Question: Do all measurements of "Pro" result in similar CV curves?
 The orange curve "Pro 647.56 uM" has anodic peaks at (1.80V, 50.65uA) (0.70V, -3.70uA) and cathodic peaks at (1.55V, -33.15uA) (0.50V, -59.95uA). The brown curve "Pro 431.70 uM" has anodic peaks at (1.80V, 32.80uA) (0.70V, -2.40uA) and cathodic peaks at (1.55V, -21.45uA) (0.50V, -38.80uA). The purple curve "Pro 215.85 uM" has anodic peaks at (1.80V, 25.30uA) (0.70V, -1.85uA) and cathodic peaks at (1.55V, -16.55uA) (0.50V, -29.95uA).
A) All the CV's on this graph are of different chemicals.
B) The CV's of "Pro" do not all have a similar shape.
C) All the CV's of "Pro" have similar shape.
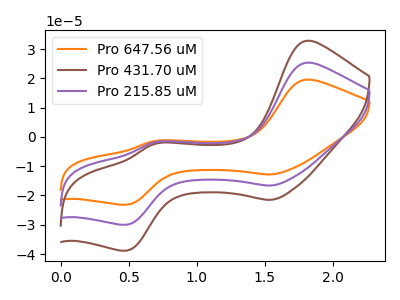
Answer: <think>All the peaks in "Pro 647.56 uM" have a peak in "Pro 431.70 uM" at the same potential. All the peaks in "Pro 647.56 uM" have a peak in "Pro 215.85 uM" at the same potential. All the peaks in "Pro 431.70 uM" have a peak in "Pro 215.85 uM" at the same potential.
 </think>
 <answer>C) All the CV's of "Pro" have similar shape.</answer>
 <eval>C</eval>